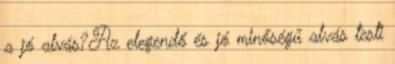
a jó alvás?Az elegendő és jó minőségű alvás testi